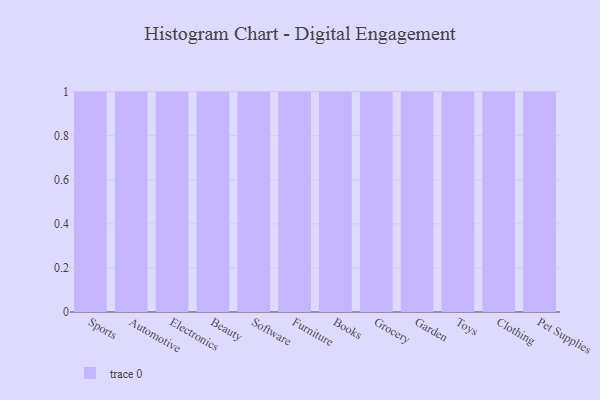
{"axis": {"x": "Category", "y": "Tickets Resolved"}, "legend": [""], "data": [{"x": "Sports", "y": 61, "type": ""}, {"x": "Automotive", "y": 20, "type": ""}, {"x": "Electronics", "y": 66, "type": ""}, {"x": "Beauty", "y": 85, "type": ""}, {"x": "Software", "y": 39, "type": ""}, {"x": "Furniture", "y": 13, "type": ""}, {"x": "Books", "y": 35, "type": ""}, {"x": "Grocery", "y": 20, "type": ""}, {"x": "Garden", "y": 47, "type": ""}, {"x": "Toys", "y": 5, "type": ""}, {"x": "Clothing", "y": 88, "type": ""}, {"x": "Pet Supplies", "y": 58, "type": ""}]}